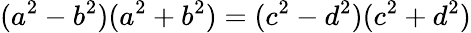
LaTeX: (a^{2}-b^{2})(a^{2}+b^{2})=(c^{2}-d^{2})(c^{2}+d^{2})